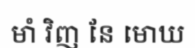
មាំ វិញ នែ មោឃ